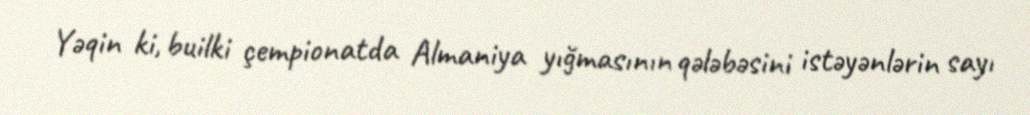
Yəqin ki, builki çempionatda Almaniya yığmasının qələbəsini istəyənlərin sayı